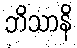
ဘိသာနိ